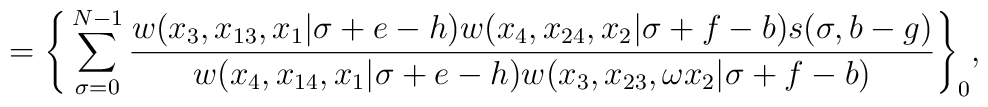
{}~~~~~~=\Bigg\{ \sum^{N-1}_{\sigma=0}{w(x_3,x_{13},x_1|\sigma+e-h)w(x_4,x_{24},x_2|\sigma+f-b)s(\sigma,b-g)\over w(x_4,x_{14},x_1|\sigma+e-h)w(x_3,x_{23},\omega x_2|\sigma+f-b)}\Bigg\}_0,